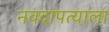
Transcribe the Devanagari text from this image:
नवदांपत्याला